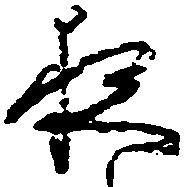
夜